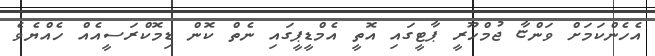
އެހެންކަމަށް ވަންޏާ ޖުމްހޫރީ ޕާޓީގައި އޮތީ އެމްޑީޕީގައި ނެތް ކޮން ޑިމޮކްރަސީއެއް ހެއްޔެވެ